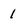
Character: 1